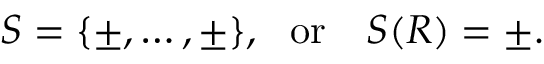
S = \{ \pm , \dots , \pm \} , ~ ~ \mathrm { o r } ~ ~ ~ S ( R ) = \pm .